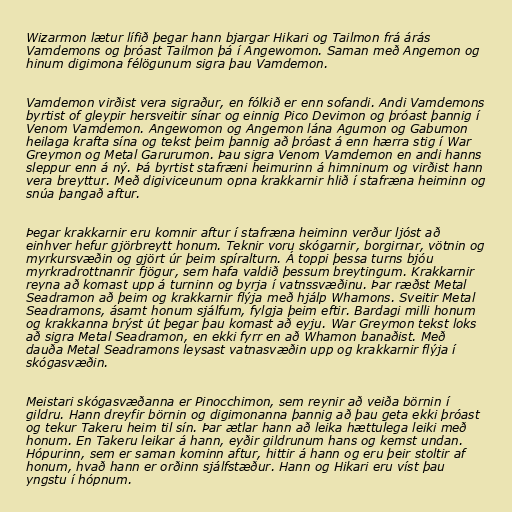
Wizarmon lætur lífið þegar hann bjargar Hikari og Tailmon frá árás
Vamdemons og þróast Tailmon þá í Angewomon. Saman með Angemon og
hinum digimona félögunum sigra þau Vamdemon.

Vamdemon virðist vera sigraður, en fólkið er enn sofandi. Andi Vamdemons
byrtist of gleypir hersveitir sínar og einnig Pico Devimon og þróast þannig í
Venom Vamdemon. Angewomon og Angemon lána Agumon og Gabumon
heilaga krafta sína og tekst þeim þannig að þróast á enn hærra stig í War
Greymon og Metal Garurumon. Þau sigra Venom Vamdemon en andi hanns
sleppur enn á ný. Þá byrtist stafræni heimurinn á himninum og virðist hann
vera breyttur. Með digiviceunum opna krakkarnir hlið í stafræna heiminn og
snúa þangað aftur.

Þegar krakkarnir eru komnir aftur í stafræna heiminn verður ljóst að
einhver hefur gjörbreytt honum. Teknir voru skógarnir, borgirnar, vötnin og
myrkursvæðin og gjört úr þeim spíralturn. Á toppi þessa turns bjóu
myrkradrottnanrir fjögur, sem hafa valdið þessum breytingum. Krakkarnir
reyna að komast upp á turninn og byrja í vatnssvæðinu. Þar ræðst Metal
Seadramon að þeim og krakkarnir flýja með hjálp Whamons. Sveitir Metal
Seadramons, ásamt honum sjálfum, fylgja þeim eftir. Bardagi milli honum
og krakkanna brýst út þegar þau komast að eyju. War Greymon tekst loks
að sigra Metal Seadramon, en ekki fyrr en að Whamon banaðist. Með
dauða Metal Seadramons leysast vatnasvæðin upp og krakkarnir flýja í
skógasvæðin.

Meistari skógasvæðanna er Pinocchimon, sem reynir að veiða börnin í
gildru. Hann dreyfir börnin og digimonanna þannig að þau geta ekki þróast
og tekur Takeru heim til sín. Þar ætlar hann að leika hættulega leiki með
honum. En Takeru leikar á hann, eyðir gildrunum hans og kemst undan.
Hópurinn, sem er saman kominn aftur, hittir á hann og eru þeir stoltir af
honum, hvað hann er orðinn sjálfstæður. Hann og Hikari eru víst þau
yngstu í hópnum.